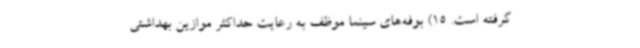
گرفته است. 15) بوفه‌های سینما موظف به رعایت حداکثر موازین بهداشتی